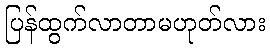
ပြန်ထွက်လာတာမဟုတ်လား